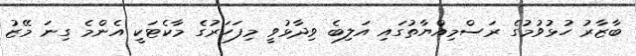
ބާޒާރު ހުޅުވުމުގެ ރަސްމިއްޔާތުގައި އަލިބެ ވިދާޅުވީ މިފަހަރުގެ މާކެޓަކީ އެންމެ ގިނަ މޭޒު